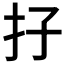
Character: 𡥅